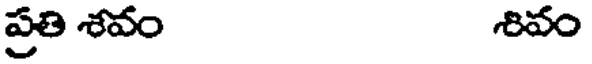
ప్రతి శవం శివం